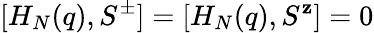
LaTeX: [H_{N}(q),S^{\pm}]=[H_{N}(q),S^{\mathbf{z}}]=0